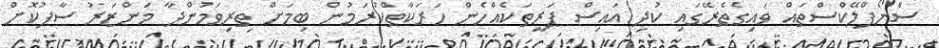
ސްނޯފްލޭކްސްތައް ވައިގެތެރޭގައި ކުދި އައިސް ޕަރީތަކެއްހެން ހަރަކާތްކުރަމުން ބިމަށް ތިރިވަމުންދާ މަންޒަރު ސާފުކޮށް